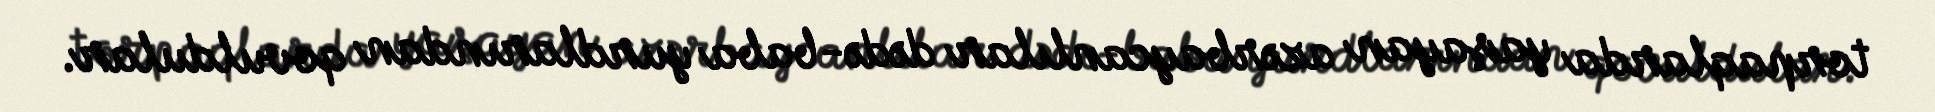
torpaqlarda yaşayan azərbaycanlılar dədə-baba yurdlarından qovuldular.